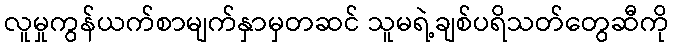
လူမှုကွန်ယက်စာမျက်နှာမှတဆင် သူမရဲ့ချစ်ပရိသတ်တွေဆီကို